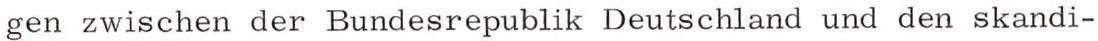
gen zwischen der Bundesrepublik Deutschland und den skandi-